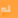
لم